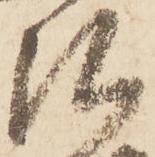
弘